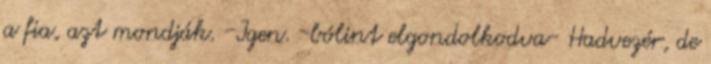
a fia, azt mondják. -Igen. -bólint elgondolkodva- Hadvezér, de